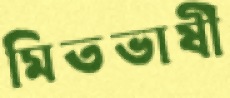
মিতভাষী